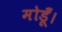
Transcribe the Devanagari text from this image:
मोडूँ।